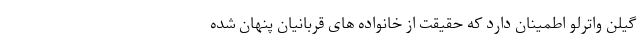
گیلن واترلو اطمینان دارد که حقیقت از خانواده های قربانیان پنهان شده